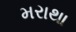
મરાથા